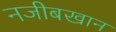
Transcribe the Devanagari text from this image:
नजीबखान